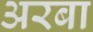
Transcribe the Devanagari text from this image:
अरबा